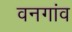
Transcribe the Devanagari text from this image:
वनगांव